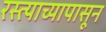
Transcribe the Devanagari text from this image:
रस्त्याच्यापासून